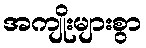
အကျိုးများစွာ